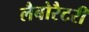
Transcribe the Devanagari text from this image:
लैबोरैटरी